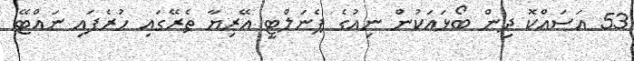
53 އަސައްކޮ ދިން ބޯޅައަކުން ނިއުގެ ޕެނަލްޓީ އޭރިޔާ ތެރޭގައި ހުރެފައި ނައްޓޭ